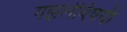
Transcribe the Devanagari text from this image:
गझलेविषयी